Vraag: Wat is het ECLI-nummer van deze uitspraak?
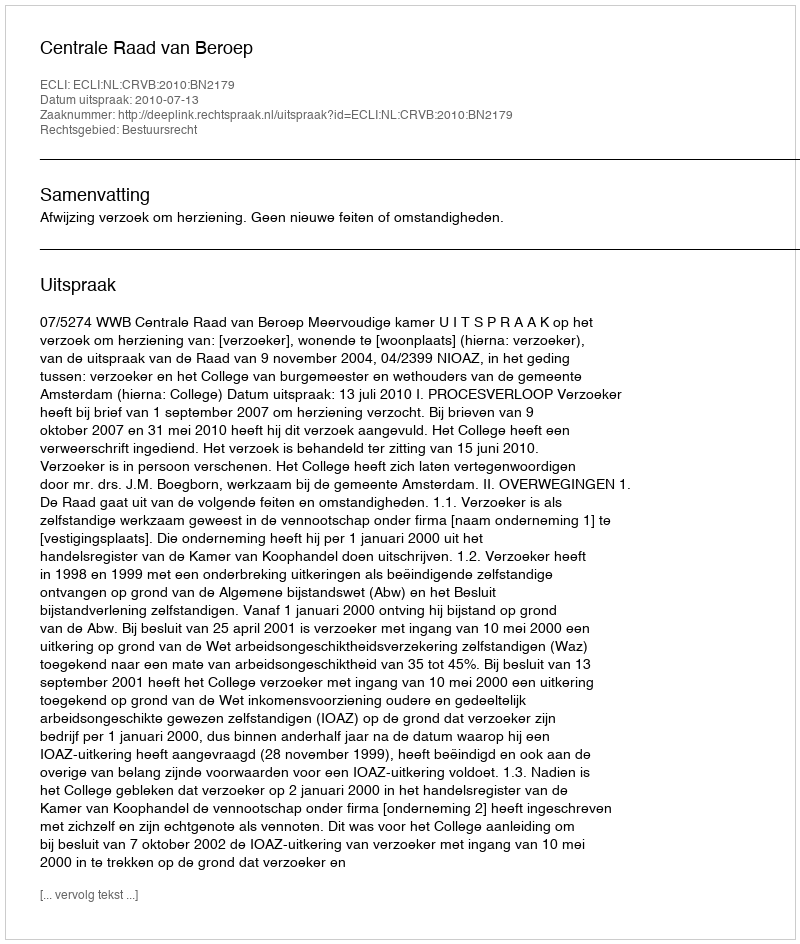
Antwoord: ECLI:NL:CRVB:2010:BN2179